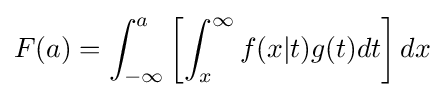
F(a)=\int _{-\infty }^{a}\left[\int _{x}^{\infty }f(x|t)g(t)dt\right]dx